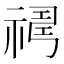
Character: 𥛇